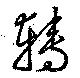
転